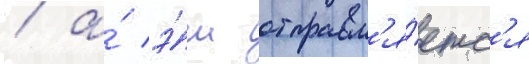
/ а́ э́ш отправл'я́етс'я